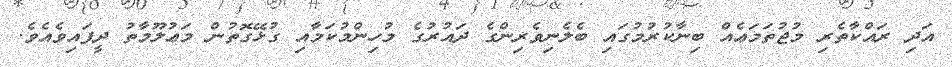
އަދި ރައްކާތެރި މުޖުތަމަޢެއް ބިނާކުރުމުގައި ބެލެނިވެރިންގެ ދައުރުގެ މުހިންމުކަމާއި ގުޅޭގޮތުން މަޢުލޫމާތު ދީފައިވެއެވެ.